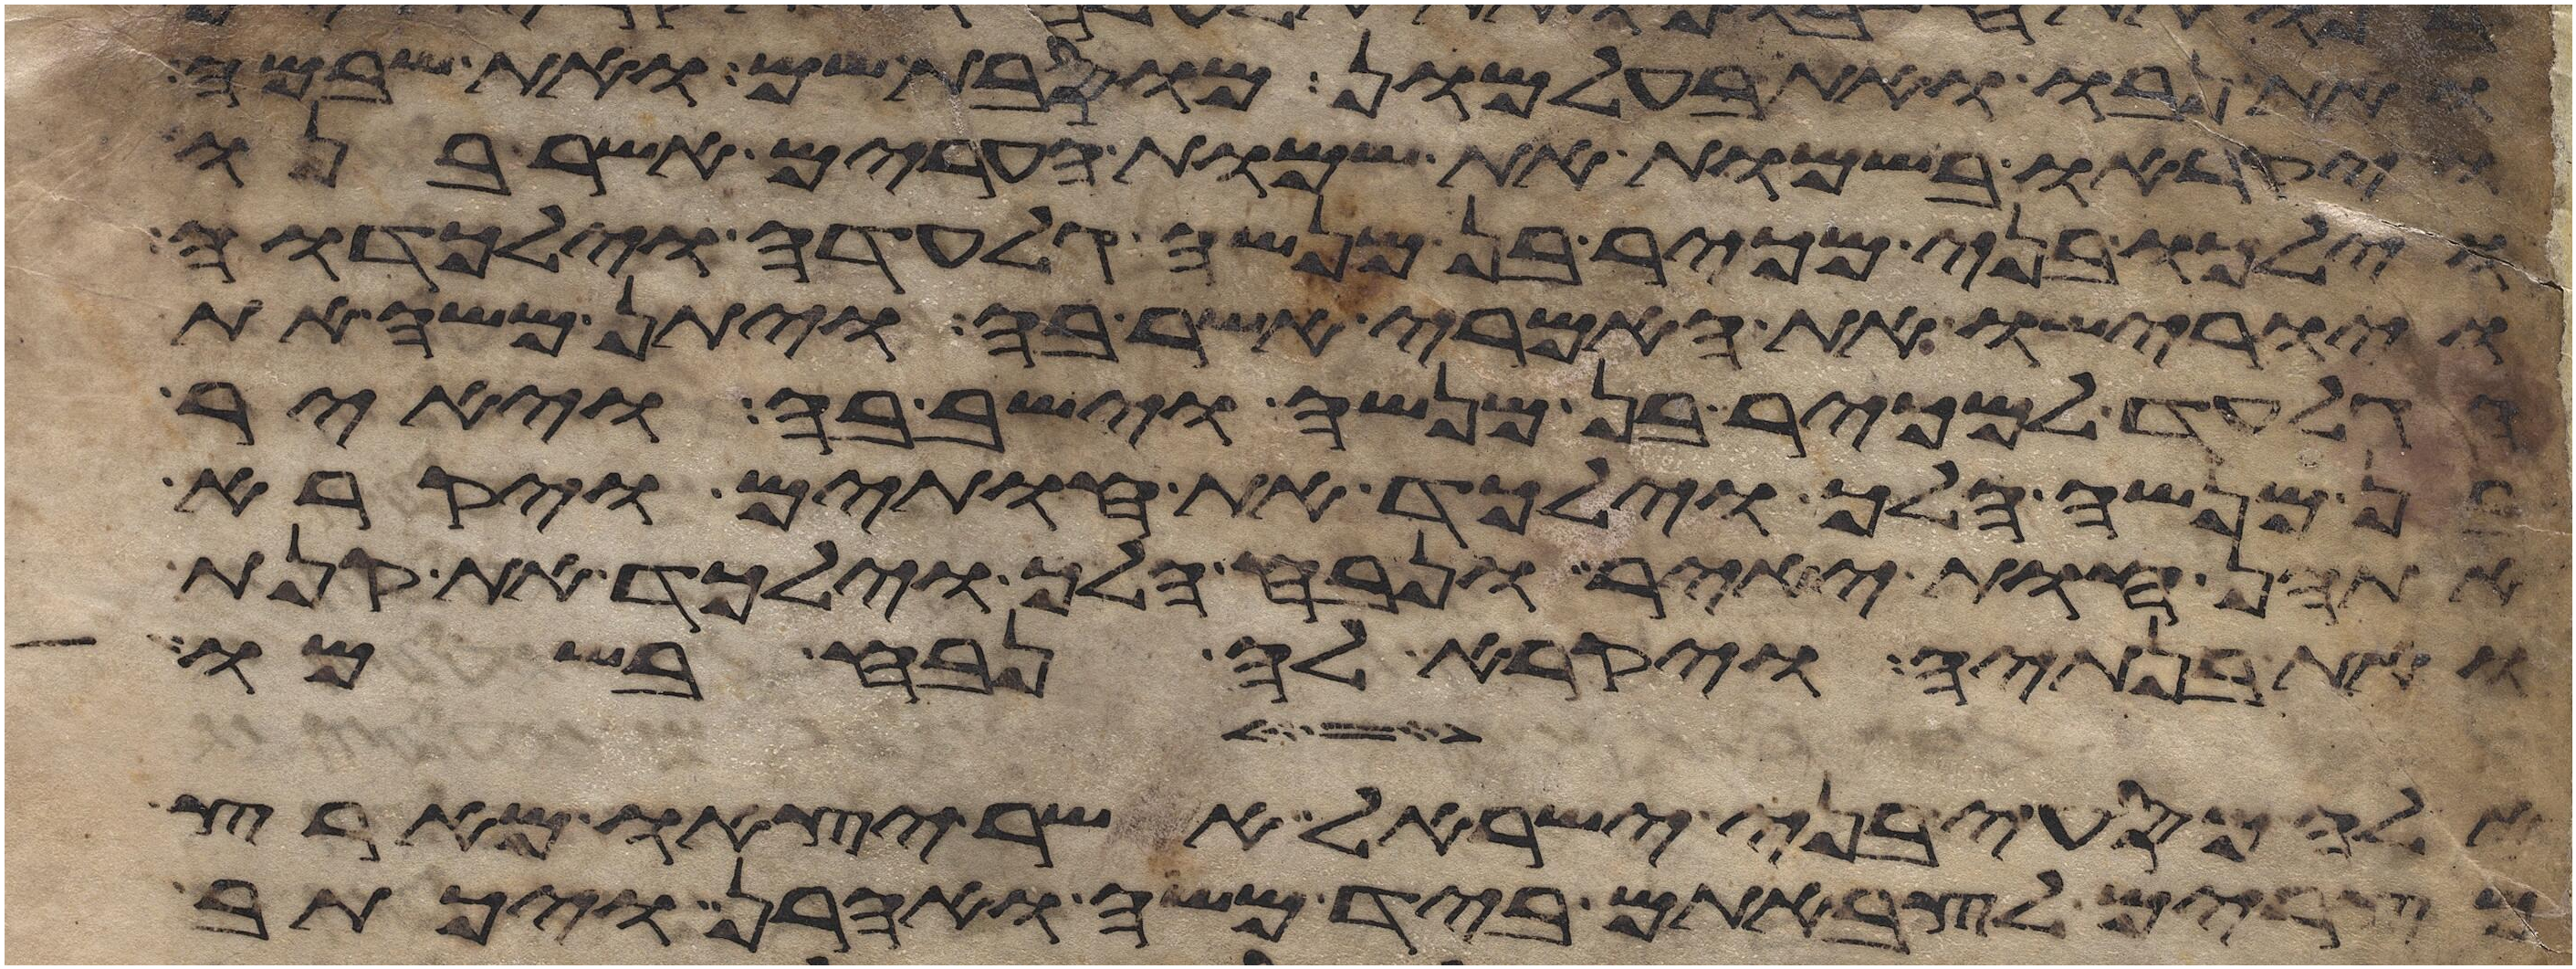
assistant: ואת נבו ואת בעל מעון מוסבות שם ואת שבמה
ויקראו בשמות את שמות הערים אשר בנו
וילכו בני מכיר בן מנשה גלעדה וילכדוה
ויורישו את האמרי אשר בה ויתן משה את
הגלעד למכיר בן מנשה וישב בה ויאיר
בן מנשה הלך וילכד את חותים ויקרא
אתהן חות יאיר ונבח הלך וילכד את קנת
ואת בנתיה ויקרא לה נבח בשמו
אלה מסעי בני ישראל אשר יצאו מארץ
מצרים לצבאתם ביד משה ואהרן ויכתב